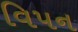
વિપન